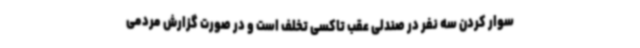
سوار کردن سه نفر در صندلی عقب تاکسی تخلف است و در صورت گزارش مردمی